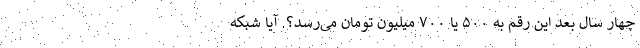
چهار سال بعد این رقم به ۵۰۰ یا ۷۰۰ میلیون تومان می‌رسد؟. آیا شبکه